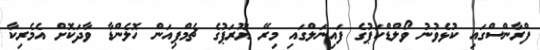
ފްރާންސްގައި ކުޅެވުނު ވޯލްޑްކަޕުގެ ފައިނަލްގައި މިރޭ ޔޫރަޕުގެ ޗެމްޕިއަން ހޮލެންޑާ ވާދަކޮށް އެމެރިކާ